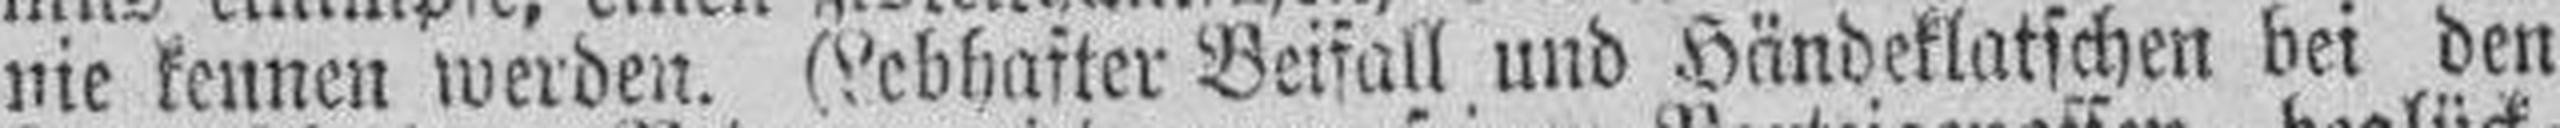
nie kennen werden. (Lebhafter Beifall und Händeklatschen bei den